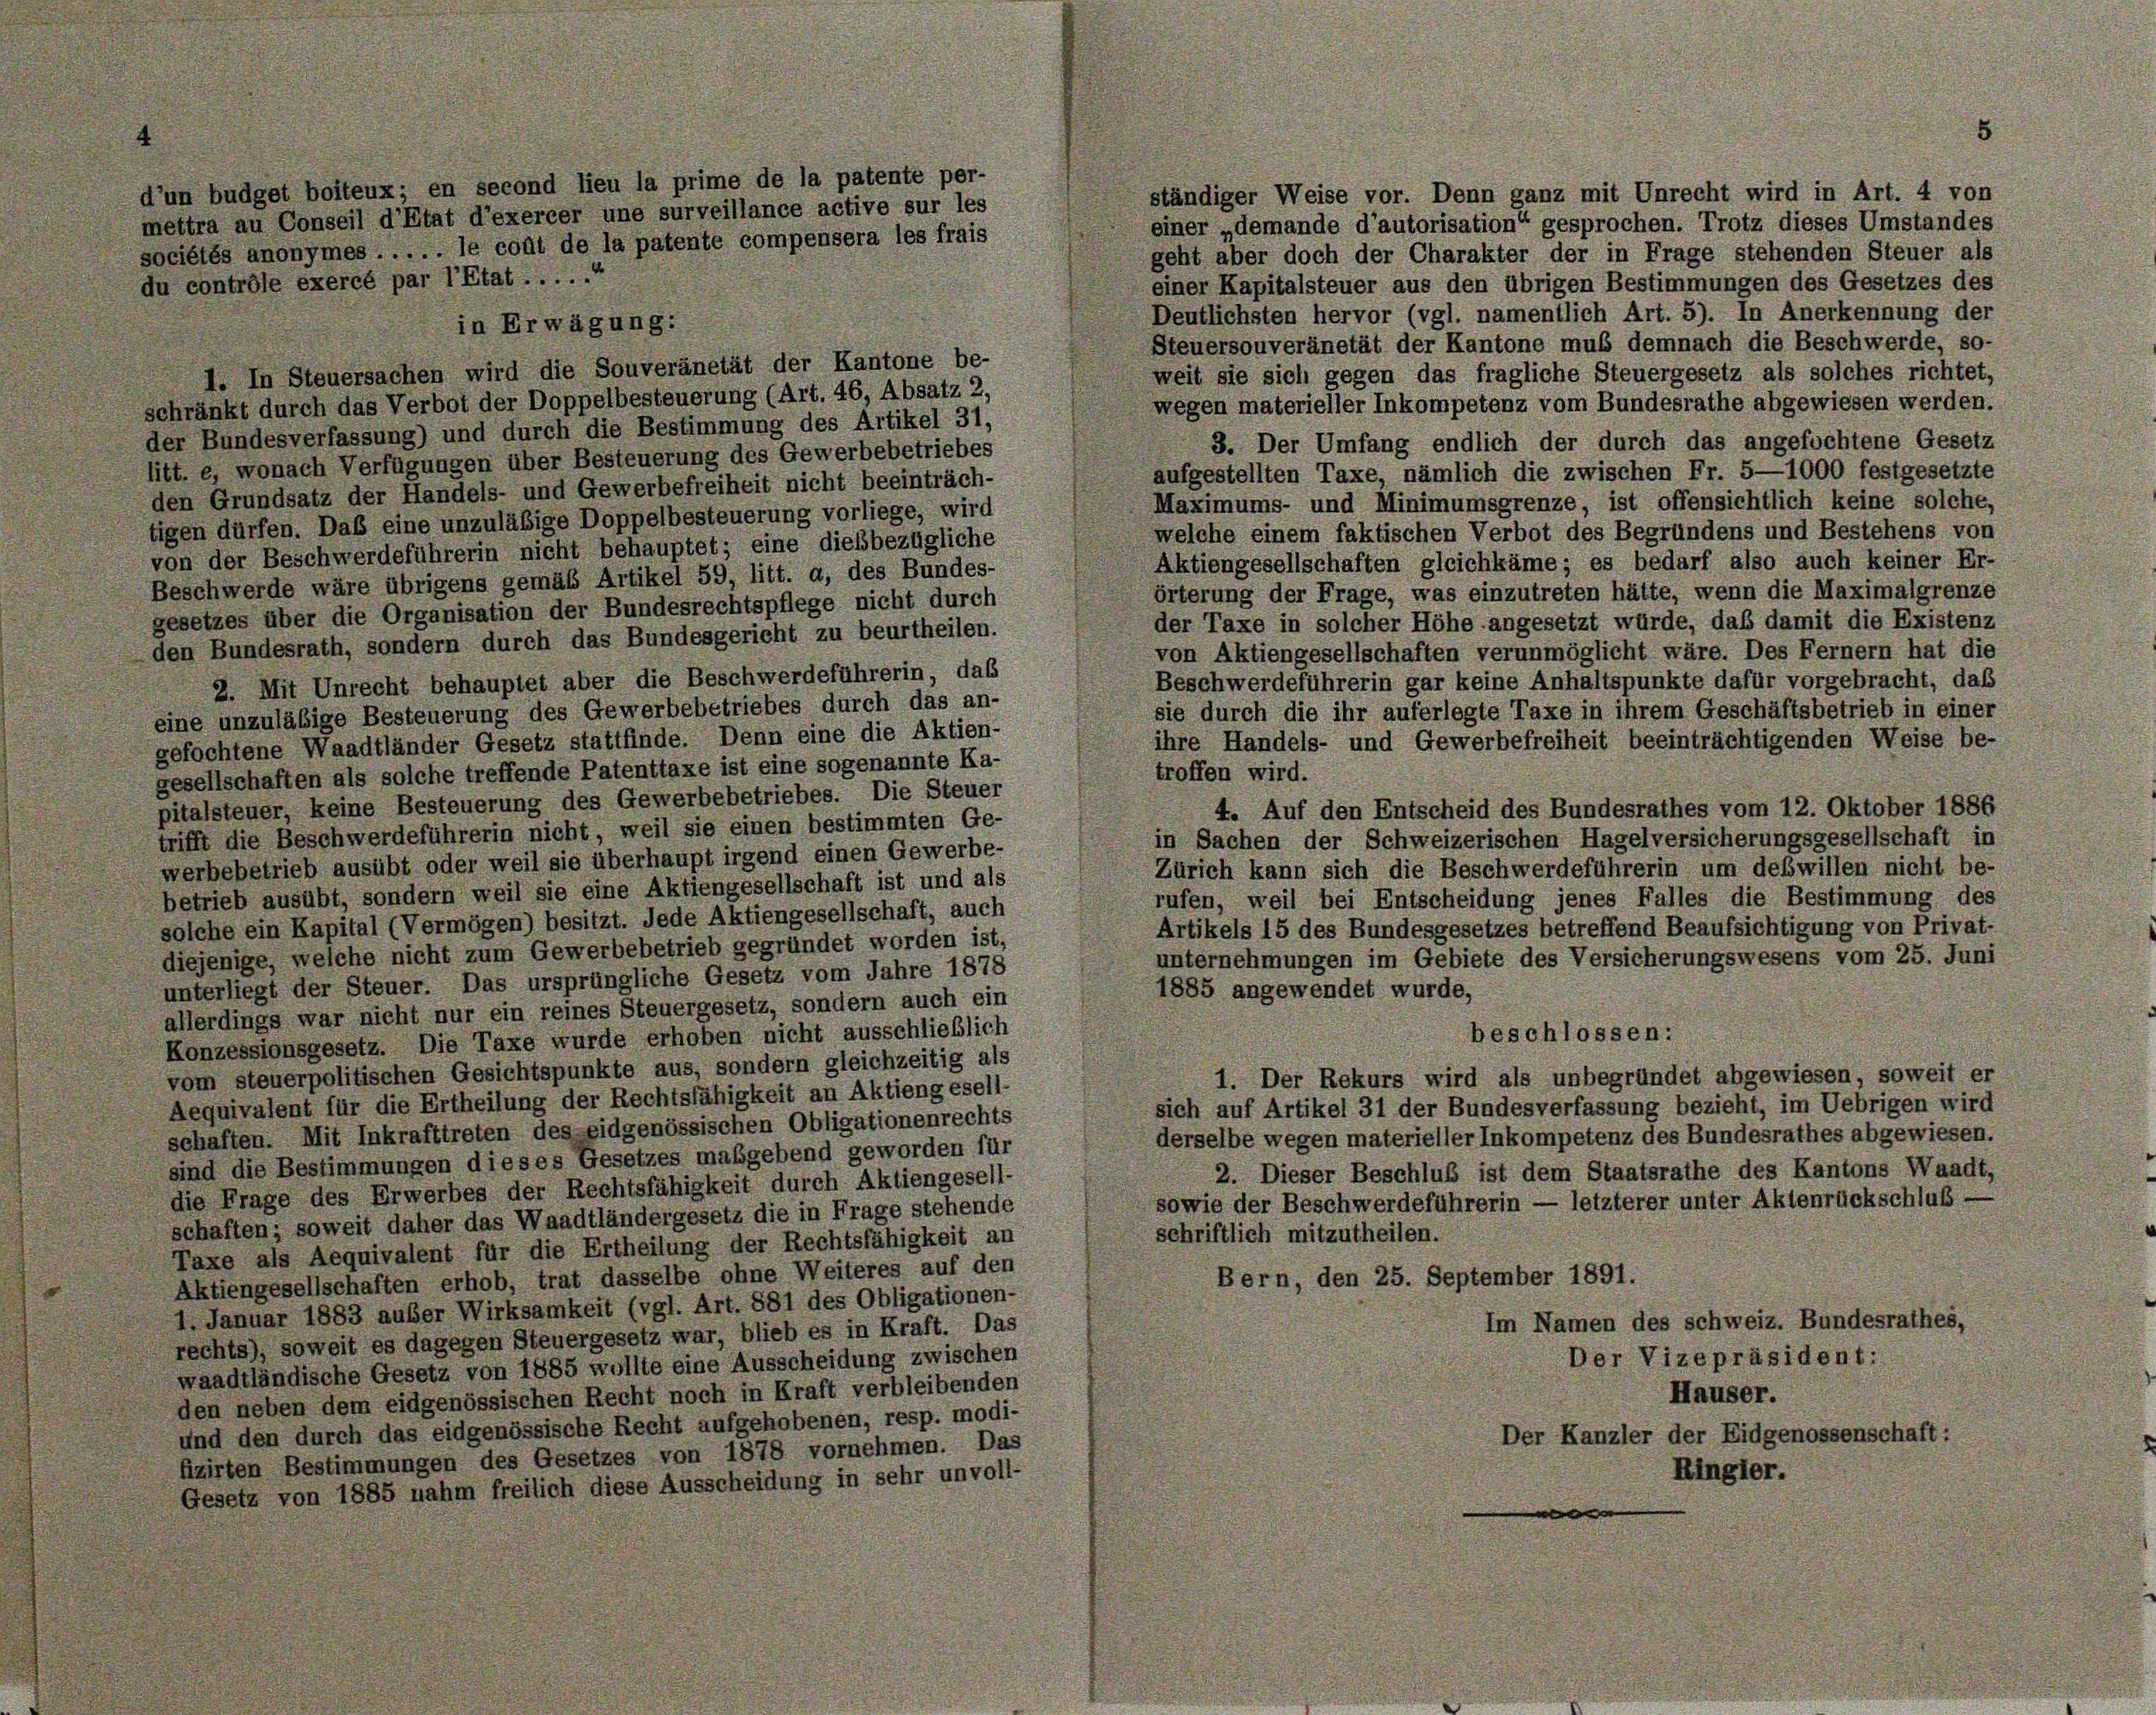
d’un budget boiteux; en second lieu la prime de la patente per-
ständiger Weise vor. Denn ganz mit Unrecht wird in Art. 4 von
mettra au Conseil d’Etat d’exercer une surveillance active sur les
einer „demande d’autorisation“ gesprochen. Trotz dieses Umstandes
sociétés anonymes ..... le coût de la patente compensera les frais
geht aber doch der Charakter der in Frage stehenden Steuer als
du contrôle exercé par l’Etat .....
einer Kapitalsteuer aus den übrigen Bestimmungen des Gesetzes des
Deutlichsten hervor (vgl. namentlich Art. 5). In Anerkennung der
in Erwägung:
Steuersouveränetät der Kantone muß demnach die Beschwerde, so-
1. In Steuersachen wird die Souveränetät der Kantone be-
weit sie sich gegen das fragliche Steuergesetz als solches richtet,
schränkt durch das Verbot der Doppelbesteuerung (Art. 46, Absatz 2,
wegen materieller Inkompetenz vom Bundesrathe abgewiesen werden.
der Bundesverfassung) und durch die Bestimmung des Artikel 31,
3. Der Umfang endlich der durch das angefochtene Gesetz
litt. e, wonach Verfügungen über Besteuerung des Gewerbebetriebes
aufgestellten Taxe, nämlich die zwischen Fr. 5—1000 festgesetzte
den Grundsatz der Handels- und Gewerbefreiheit nicht beeinträch-
Maximums- und Minimumsgrenze, ist offensichtlich keine solche,
tigen dürfen. Das eine unzuläßige Doppelbesteuerung vorliege, wird
welche einem faktischen Verbot des Begründens und Bestehens von
von der Beschwerdeführerin nicht behauptet; eine diesbezügliche
Aktiengesellschaften gleichkäme; es bedarf also auch keiner Er-
Beschwerde wäre übrigens gemäß Artikel 59, litt. a, des Bundes-
örterung der Frage, was einzutreten hätte, wenn die Maximalgrenze
gesetzes über die Organisation der Bundesrechtspflege nicht durch
der Taxe in solcher Höhe angesetzt würde, daß damit die Existenz
den Bundesrath, sondern durch das Bundesgericht zu beurtheilen.
von Aktiengesellschaften verunmöglicht wäre. Des Fernern hat die
2. Mit Unrecht behauptet aber die Beschwerdeführerin, das
Beschwerdeführerin gar keine Anhaltspunkte dafür vorgebracht, daß
sie durch die ihr auferlegte Taxe in ihrem Geschäftsbetrieb in einer
eine unzuläßige Besteuerung des Gewerbebetriebes durch das an-
ihre Handels- und Gewerbefreiheit beeinträchtigenden Weise be-
gefochtene Waadtländer Gesetz stattfinde. Denn eine die Aktien-
gesellschaften als solche treffende Patenttaxe ist eine sogenannte Ka-
troffen wird.
pitalsteuer, keine Besteuerung des Gewerbebetriebes. Die Steuer
4. Auf den Entscheid des Bundesrathes vom 12. Oktober 1886
trifft die Beschwerdeführerin nicht, weil sie einen bestimmten Ge-
in Sachen der Schweizerischen Hagelversicherungsgesellschaft in
werbebetrieb ausübt oder weil sie überhaupt irgend einen Gewerbe-
Zürich kann sich die Beschwerdeführerin um deswillen nicht be-
betrieb ausübt, sondern weil sie eine Aktiengesellschaft ist und als
rufen, weil bei Entscheidung jenes Falles die Bestimmung des
solche ein Kapital (Vermögen) besitzt. Jede Aktiengesellschaft, auch
Artikels 15 des Bundesgesetzes betreffend Beaufsichtigung von Privat-
diejenige, welche nicht zum Gewerbebetrieb gegründet worden ist,
unternehmungen im Gebiete des Versicherungswesens vom 25. Juni
unterliegt der Steuer. Das ursprüngliche Gesetz vom Jahre 1878
1885 angewendet wurde,
allerdings war nicht nur ein reines Steuergesetz, sondern auch ein
beschlossen:
Konzessionsgesetz. Die Taxe wurde erhoben nicht ausschließlich
vom steuerpolitischen Gesichtspunkte aus, sondern gleichzeitig als
1. Der Rekurs wird als unbegründet abgewiesen, soweit er
Aequivalent für die Ertheilung der Rechtsfähigkeit an Aktiengesell-
sich auf Artikel 31 der Bundesverfassung bezieht, im Uebrigen wird
schaften. Mit Inkrafttreten des eidgenössischen Obligationenrechts
derselbe wegen materieller Inkompetenz des Bundesrathes abgewiesen.
sind die Bestimmungen dieses Gesetzes maßgebend geworden für
2. Dieser Beschluß ist dem Staatsrathe des Kantons Waadt,
die Frage des Erwerbes der Rechtsfähigkeit durch Aktiengesell-
sowie der Beschwerdeführerin — letzterer unter Aktenrückschluß-
schaften; soweit daher das Waadtländergesetz die in Frage stehende
schriftlich mitzutheilen.
Taxe als Aequivalent für die Ertheilung der Rechtsfähigkeit an
Bern, den 25. September 1891.
Aktiengesellschaften erhob, trat dasselbe ohne Weiteres auf den
1. Januar 1883 auber Wirksamkeit (vgl. Art. 881 des Obligationen-
Im Namen des schweiz. Bundesrathes,
rechts), soweit es dagegen Steuergesetz war, blieb es in Kraft. Das
Der Vizepräsident:
waadtländische Gesetz von 1885 wollte eine Ausscheidung zwischen
Hauser.
den neben dem eidgenössischen Recht noch in Kraft verbleibenden
und den durch das eidgenössische Recht aufgehobenen, resp. modi-
Der Kanzler der Eidgenossenschaft:
fizirten Bestimmungen des Gesetzes von 1878 vornehmen. Das
Ringler.
Gesetz von 1885 nahm freilich diese Ausscheidung in sehr unvoll-